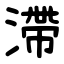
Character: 滯